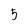
Character: 5